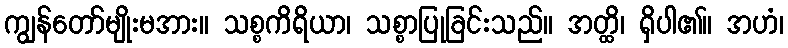
ကျွန်တော်မျိုးမအား။ သစ္စကိရိယာ၊ သစ္စာပြုခြင်းသည်။ အတ္ထိ၊ ရှိပါ၏။ အဟံ၊